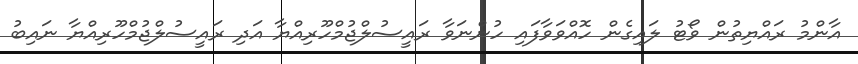
އާންމު ރައްޔިތުން ވޯޓު ލައިގެން ހޮއްވަވާފައި ހުންނަވާ ރައީސުލްޖުމްހޫރިއްޔާ އަދި ރައީސުލްޖުމްހޫރިއްޔާ ނައިބު